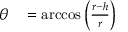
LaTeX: \begin{array} { r l } { \theta } & { { } = \operatorname { a r c c o s } \left( { \frac { r - h } { r } } \right) } \end{array}